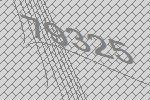
79325